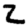
Digit: 2